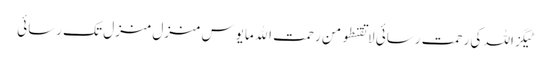
ٹیگزاللہ کی رحمت رسائی لا تقنطو من رحمت الله مایوس منزل منزل تک رسائی